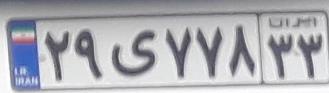
۲۹ی۷۷۸۳۳